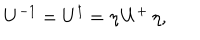
U ^ { - 1 } = U ^ { \dagger } = \eta \, U ^ { + } \, \eta ,